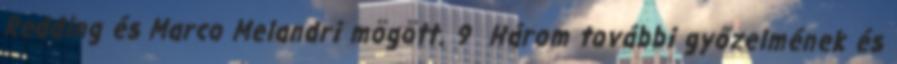
Redding és Marco Melandri mögött. 9 Három további győzelmének és